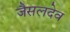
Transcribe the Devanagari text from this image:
जैसलदेव